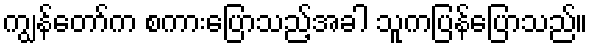
ကျွန်တော်က စကားပြောသည့်အခါ သူကပြန်ပြောသည်။